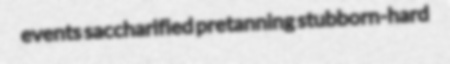
events saccharified pretanning stubborn-hard